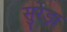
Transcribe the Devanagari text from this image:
सुरेड़ा